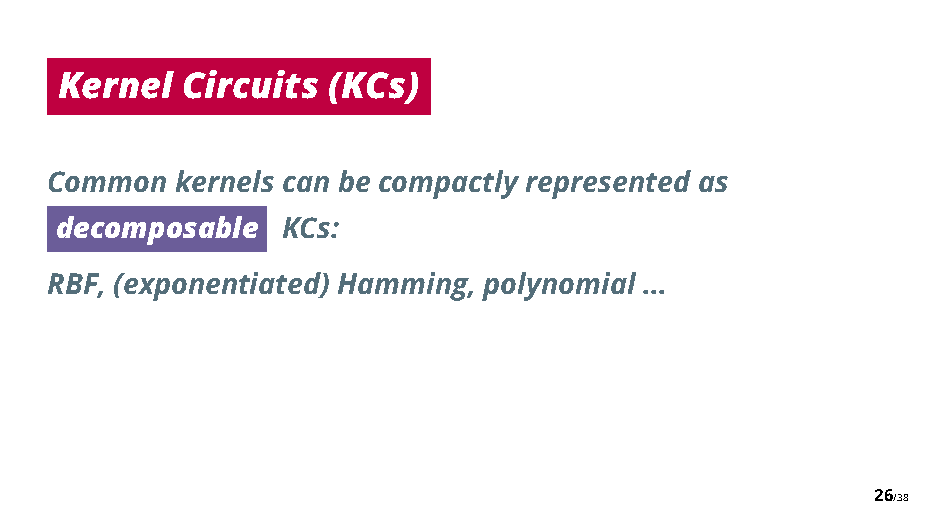
Kernel  Circuits  (KCs)
 Common   kernels can be compactly represented as
 decomposable   KCs:
 RBF, (exponentiated) Hamming, polynomial ...
 26/38